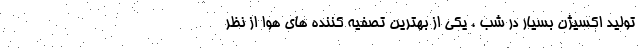
تولید اکسیژن بسیار در شب ، یکی از بهترین تصفیه کننده های هوا از نظر